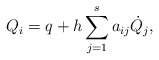
\begin{align*}Q_i = q + h\sum_{j=1}^{s} a_{ij} \dot Q_j,\end{align*}